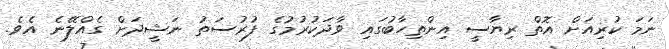
ނަމަ ކުރިއަށް އޮތް ރިޔާސީ އިންތިހާބުގައި ވާދަކުރުމުގެ ފުރުސަތު ނަޝީދަށް ގެއްލޭނެ އެވެ.